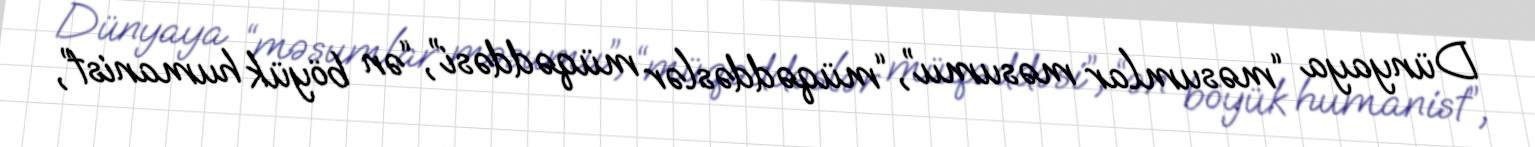
Dünyaya “məsumlar məsumu”, “müqəddəslər müqəddəsi”, “ən böyük humanist”,